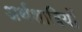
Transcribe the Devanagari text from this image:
अर्थशात्रियों